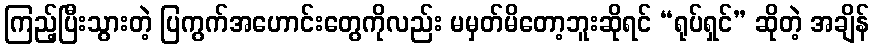
ကြည့်ပြီးသွားတဲ့ ပြကွက်အဟောင်းတွေကိုလည်း မမှတ်မိတော့ဘူးဆိုရင် “ရုပ်ရှင်” ဆိုတဲ့ အချိန်